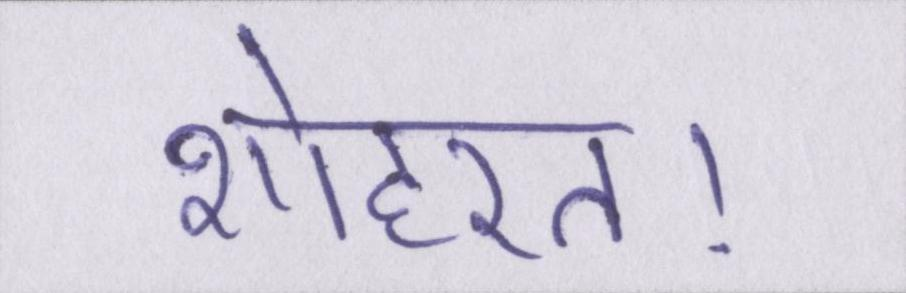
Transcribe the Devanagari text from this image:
शोहरत।